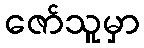
ဇော်သူမှာ